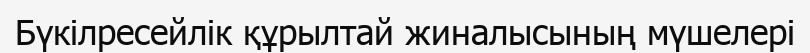
Бүкілресейлік құрылтай жиналысының мүшелері